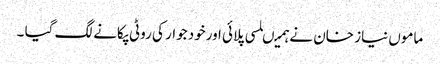
ماموں نیاز خان نے ہمیںلسی پلائی اورخود جوار کی روٹی پکانے لگ گیا ۔